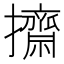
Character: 𢹓